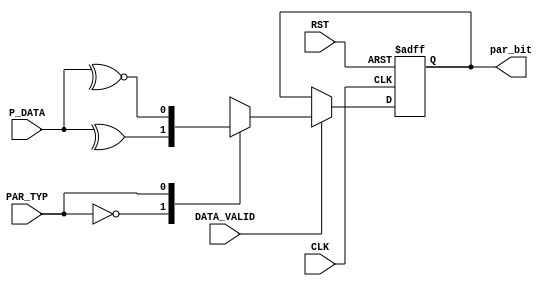
/********************************************************************************************/
/********************************************************************************************/
/**************************		Author: Alyaa Mohamed      **********************************/
/**************************		Module: Parity Calculator  **********************************/
/********************************************************************************************/
/********************************************************************************************/
module parity_calc #(parameter WIDTH = 8)
(
    input   wire [WIDTH-1:0]    P_DATA                  ,
    input   wire                DATA_VALID              ,
    input   wire                PAR_TYP                 ,
    input   wire                CLK                     ,
    input   wire                RST                     ,

    output  reg                 par_bit
);

/********************************************************************************************/
/********************************************************************************************/

    always@(posedge CLK or negedge RST)

        begin
        
            if(!RST)
                
                par_bit <= 1'd0				            ;
                
            else if(DATA_VALID)
                begin

                    case(PAR_TYP)
                    
                        1'b0:    par_bit <= ^P_DATA     ;
                        1'b1:    par_bit <= ~^P_DATA    ;
                        default: par_bit <= 1'd0		;
                    
                    endcase
            
                end
        
        end

endmodule